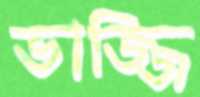
ভাজ্জি